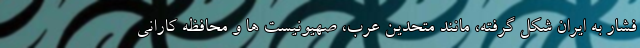
فشار به ایران شکل گرفته، مانند متحدین عرب، صهیونیست ها و محافظه کارانی